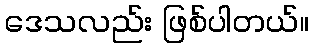
ဒေသလည်း ဖြစ်ပါတယ်။